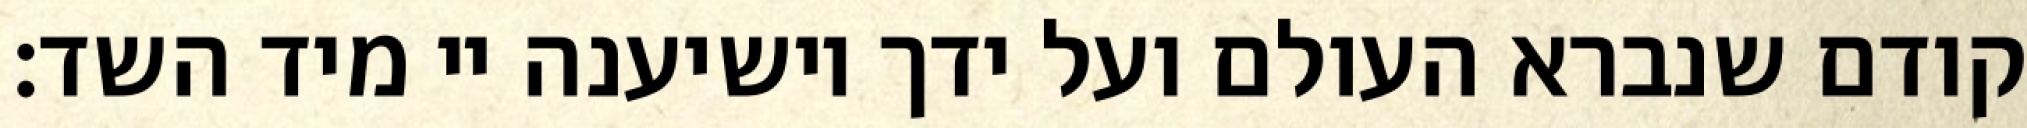
קודם שנברא העולם ועל ידך יושיענה יי מיד השד: